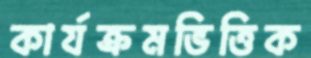
কার্যক্রমভিত্তিক